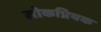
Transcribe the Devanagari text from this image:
लोकप्रियक